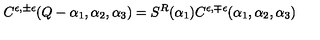
C ^ { \epsilon , \pm \epsilon } ( Q - \alpha _ { 1 } , \alpha _ { 2 } , \alpha _ { 3 } ) = S ^ { R } ( \alpha _ { 1 } ) C ^ { \epsilon , \mp \epsilon } ( \alpha _ { 1 } , \alpha _ { 2 } , \alpha _ { 3 } )